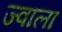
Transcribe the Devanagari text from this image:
ज्‍वाला